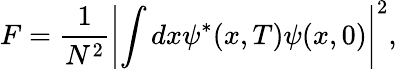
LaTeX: F=\frac{1}{N^{2}}\left|\int dx\psi^{*}(x,T)\psi(x,0)\right|^{2},